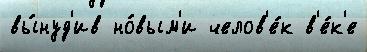
вы́нуд'ив но́вым'и челов'е́к в'е́к'е